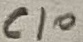
Text: C10